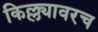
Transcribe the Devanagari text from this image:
किल्ल्यावरच